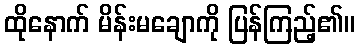
ထိုနောက် မိန်းမချောကို ပြန်ကြည့်၏။